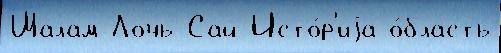
Шалам Лочь-Сай Исто́р'иjа о́бласть